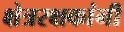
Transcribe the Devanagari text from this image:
क्षेत्ररक्षकांनी